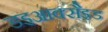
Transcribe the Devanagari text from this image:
डइआक्सैइड